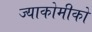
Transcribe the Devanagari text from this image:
ज्याकोमीको